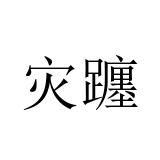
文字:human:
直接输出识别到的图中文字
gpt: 灾躔